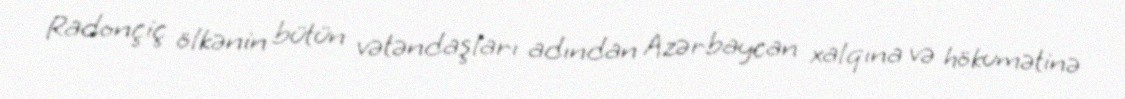
Radonçiç ölkənin bütün vətəndaşları adından Azərbaycan xalqına və hökumətinə